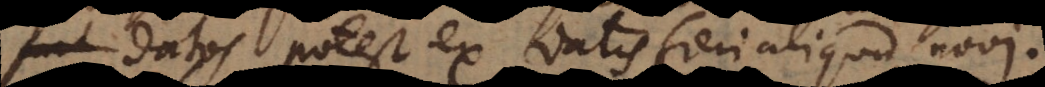
s potest ex datis fieri aliquid novi.